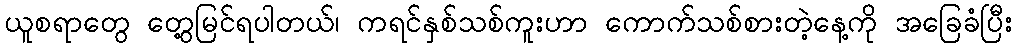
ယူစရာတွေ တွေ့မြင်ရပါတယ်၊ ကရင်နှစ်သစ်ကူးဟာ ကောက်သစ်စားတဲ့နေ့ကို အခြေခံပြီး